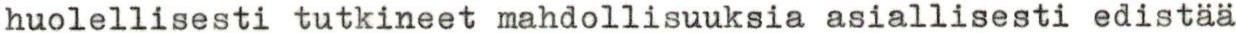
huolellisesti tutkineet mahdollisuuksia asiallisesti edistää